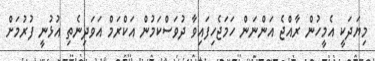
މިޔަދަކީ އެމީހުން ރާއްޖެ އަންނަން ހަމަޖެހިފައިވާ ދުވަސްކަމުން އަކްރަމް އަވަދިނެތި އުޅުނީ ފުރުމަށް